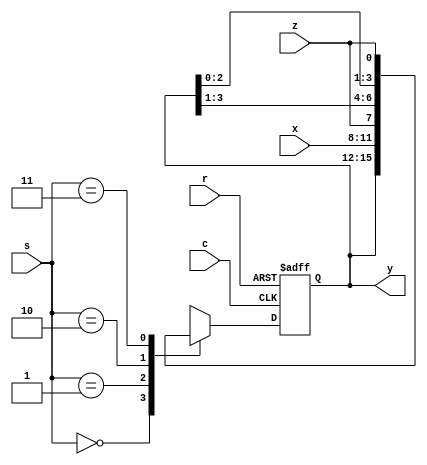
`timescale 1ns / 1ps

module usr(
    output reg [3:0] y,
	
    input [3:0] x,
    input z,
    input c,
    input r,
    input [1:0] s
    
    );
always @(posedge c,posedge r)

if(r) y<=4'b0000;

else
case(s)
2'b00 : y<=y;				//no change
2'b01 : y<=x;				//parallel load
2'b10 : y<={z,y[3:1]};	//shift right
2'b11 : y<={y[2:0],z};  //shift left
endcase


endmodule